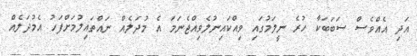
އަދި އެއްވެސް ސަބަބަކާ ހުރެ ނީލަމުގައި ވިއްކައިނުލެވިއްޖެނަމަ އެ މުދަލެއް ނައްތައިލުމަށްފަހު އެމުދަލެއް